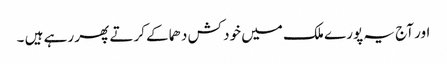
اور آج یہ پورے ملک میں خود کش دھماکے کرتے پھر رہے ہیں ۔